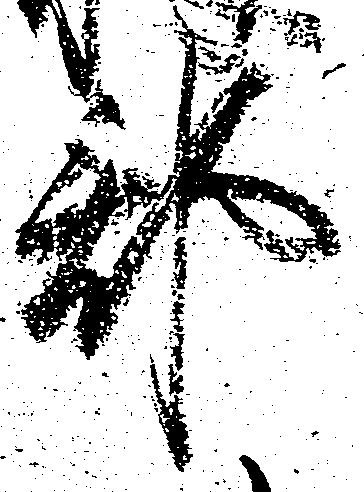
郡